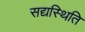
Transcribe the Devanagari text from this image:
सद्यस्थिति